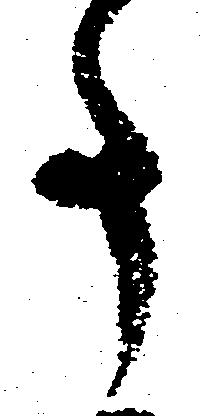
事